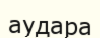
аудара